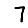
Digit: 7